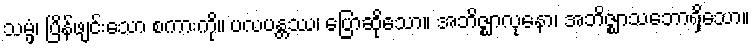
သမ္ဖံ၊ ပြိန်ဖျင်းသော စကားကို။ ပလပန္တဿ၊ ပြောဆိုသော။ အဘိဇ္ဈာလုနော၊ အဘိဇ္ဈာသဘောရှိသော။